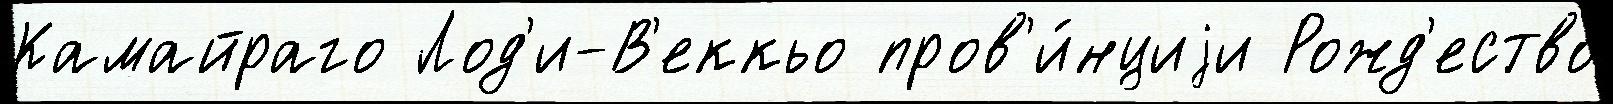
Камайраго Лод'и-В'еккьо пров'и́нциjи Рожд'ество́